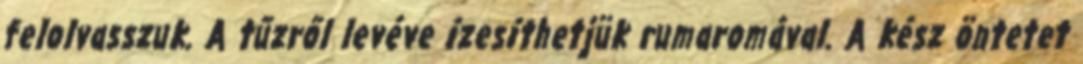
felolvasszuk. A tűzről levéve ízesíthetjük rumaromával. A kész öntetet